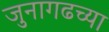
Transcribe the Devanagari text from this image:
जुनागढच्या